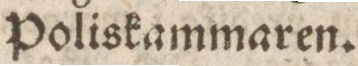
Poliskammaren.